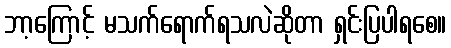
ဘာ့ကြောင့် မသက်ရောက်ရသလဲဆိုတာ ရှင်းပြပါရစေ။